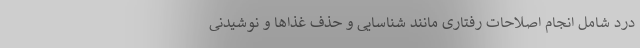
درد شامل انجام اصلاحات رفتاری مانند شناسایی و حذف غذاها و نوشیدنی